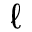
\ell